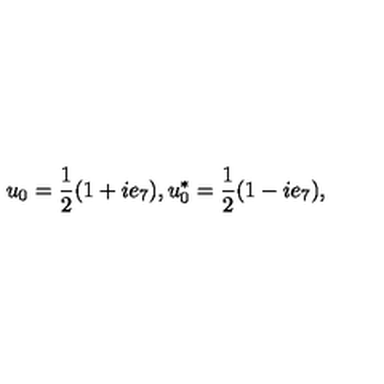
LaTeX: u _ { 0 } = \frac { 1 } { 2 } ( 1 + i e _ { 7 } ) , u _ { 0 } ^ { * } = \frac { 1 } { 2 } ( 1 - i e _ { 7 } ) ,